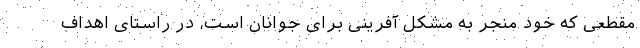
مقطعی که خود منجر به مشکل آفرینی برای جوانان است، در راستای اهداف